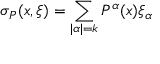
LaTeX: \sigma _ { P } ( x , \xi ) = \sum _ { | \alpha | = k } P ^ { \alpha } ( x ) \xi _ { \alpha }